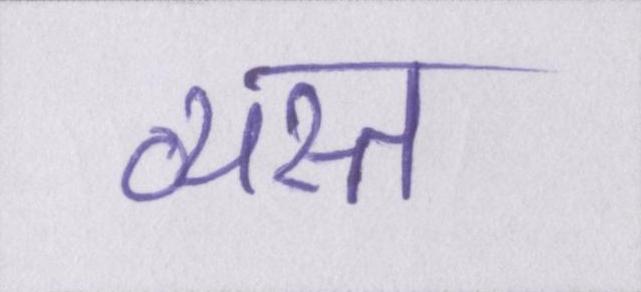
व्यस्त